Annual report of the Prince of Wales Medical College, Patna
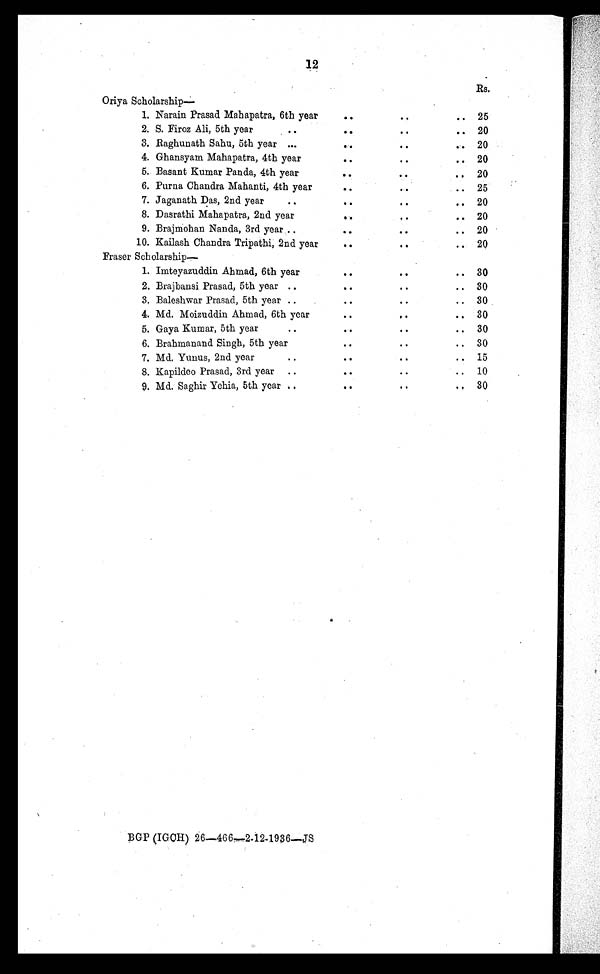
12
Rs.
Oriya Scholarship
—
1. Narain Prasad Mahapatra, 6th year
. .
. .
..
25
2. S. Firoz Ali, 5th year
. .
. .
..
..
20
3. Raghunath Sahu, 5th year ...
. .
..
..
20
4. Ghansyam Mahapatra, 4th year
. .
..
.. 20
5. Basant Kumar Panda, 4th year
..
. .
..
20
6. Purna Chandra Mahanti, 4th year
. .
..
..
25
7. Jaganath Das, 2nd year
..
. .
..
..
20
8. Dasrathi Mahapatra, 2nd year
. .
..
..
20
9. Brajmohan Nanda, 3rd year ..
..
. .
.. 20
10. Kailash Chandra Tripathi, 2nd year
..
..
.. 20
Fraser Scholarship—
1. Imteyazuddin Ahmad, 6th year
. .
..
..
30
2. Brajbansi Prasad, 5th year ..
..
. .
..
30
3. Baleshwar Prasad, 5th year ..
..
..
.. 30
4. Md. Moizuddin Ahmad, 6th year
..
. .
. .
30
5. Gaya Kumar, 5th year
. .
..
..
..
30
6. Brahmanand Singh, 5th year
..
. .
..
30
7. Md. Yunus, 2nd year
. .
..
. .
..
15
8. Kapildeo Prasad, 3rd year ..
..
..
..
10
9. Md. Saghir Yehia, 5th year ..
..
. .
. . 30
BGP (IGCH) 26—466—2-12-1936—JS